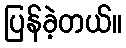
ပြန်ခဲ့တယ်။